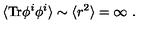
\langle \mathrm { T r } \phi ^ { i } \phi ^ { i } \rangle \sim \langle r ^ { 2 } \rangle = \infty \ .